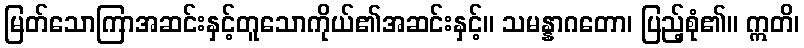
မြတ်သောကြာအဆင်းနှင့်တူသောကိုယ်၏အဆင်းနှင့်။ သမန္နာဂတော၊ ပြည့်စုံ၏။ ဣတိ၊